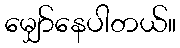
မျှော်နေပါတယ်။